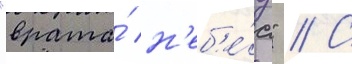
"врата́ н'еб'е́с" // С